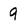
Character: 9